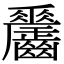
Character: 𪙼